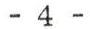
- 4 -